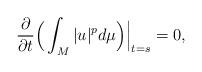
LaTeX: \begin{align*}\frac{\partial} {\partial t}\Big( \int_M |u|^p d \mu \Big)\Big|_{t=s} = 0,\end{align*}